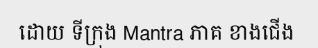
ដោយ ទីក្រុង Mantra ភាគ ខាងជើង